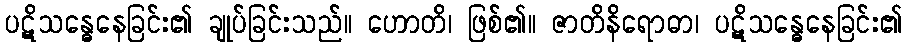
ပဋိသန္ဓေနေခြင်း၏ ချုပ်ခြင်းသည်။ ဟောတိ၊ ဖြစ်၏။ ဇာတိနိရောဓာ၊ ပဋိသန္ဓေနေခြင်း၏